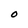
Character: O